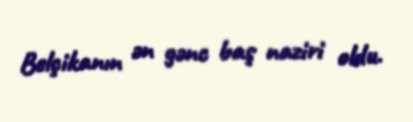
Belçikanın ən gənc baş naziri oldu.